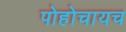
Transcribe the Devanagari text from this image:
पोहोचायच